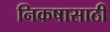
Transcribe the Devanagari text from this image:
निकषासाठी